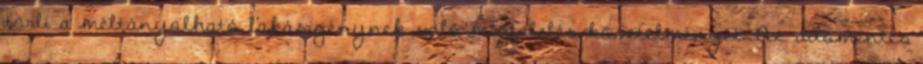
törli a méltányolható lakásigénynek való megfelelés követelményét. Az adómentes